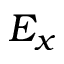
E _ { x }